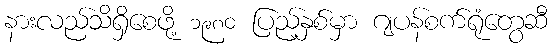
နားလည်သိရှိစေဖို့ ၁၉၈၀ ပြည့်နှစ်မှာ ဂျပန်စက်ရုံတွေဆီ